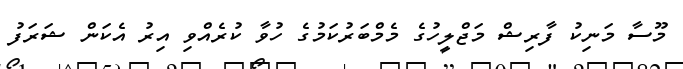
މޫސާ މަނިކު ފާރިޝް މަޖްލީހުގެ މެމްބަރުކަމުގެ ހުވާ ކުރެއްވި އިރު އެކަން ޝަރަފު